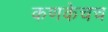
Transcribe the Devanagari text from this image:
कणकेचच